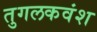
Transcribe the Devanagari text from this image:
तुगलकवंश